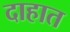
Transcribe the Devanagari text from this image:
दाहात